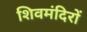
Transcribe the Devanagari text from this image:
शिवमंदिरों